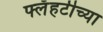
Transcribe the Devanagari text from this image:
फ्लॅहर्टीच्या